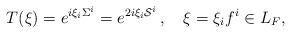
LaTeX: \begin{align*}T(\xi)=e^{i\xi_i \Sigma^i} =e^{2i\xi_i {\cal S}^i}\,, \quad \xi=\xi_i f^i\in L_F,\end{align*}